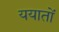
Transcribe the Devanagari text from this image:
ययातों